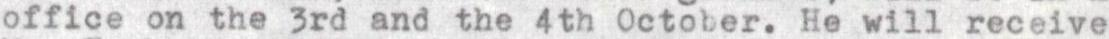
office on the 3rd and the 4th October. He will receive